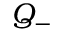
Q _ { - }